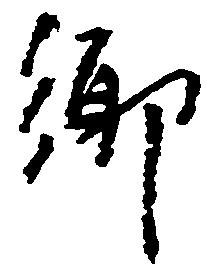
郷